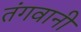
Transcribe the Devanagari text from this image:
तंगवानी